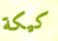
كيكة